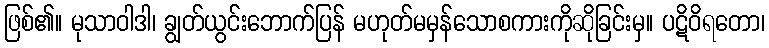
ဖြစ်၏။ မုသာဝါဒါ၊ ချွတ်ယွင်းဘောက်ပြန် မဟုတ်မမှန်သောစကားကိုဆိုခြင်းမှ။ ပဋိဝိရတော၊